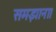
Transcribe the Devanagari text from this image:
समझाना।